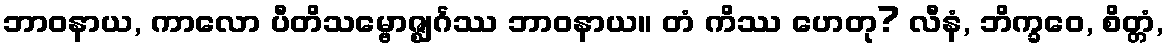
ဘာဝနာယ, ကာလော ပီတိသမ္ဗောဇ္ဈင်္ဂဿ ဘာဝနာယ။ တံ ကိဿ ဟေတု? လီနံ, ဘိက္ခဝေ, စိတ္တံ,